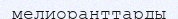
мелиоранттарды